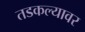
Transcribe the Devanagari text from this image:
तडकल्यावर